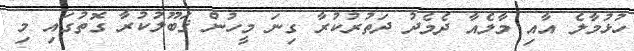
ހުޅުމާލެ އާއި މާލެއާ ދެމެދު ދަތުރުކުރާ ގިނަ މީހުން ޤަބޫލުކުރާ ގޮތުގައި މި